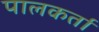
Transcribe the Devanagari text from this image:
पालकर्ता